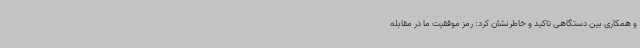
و همکاری بین دستگاهی تاکید و خاطرنشان کرد: رمز موفقیت ‌ما در مقابله